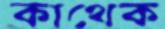
কাথেক